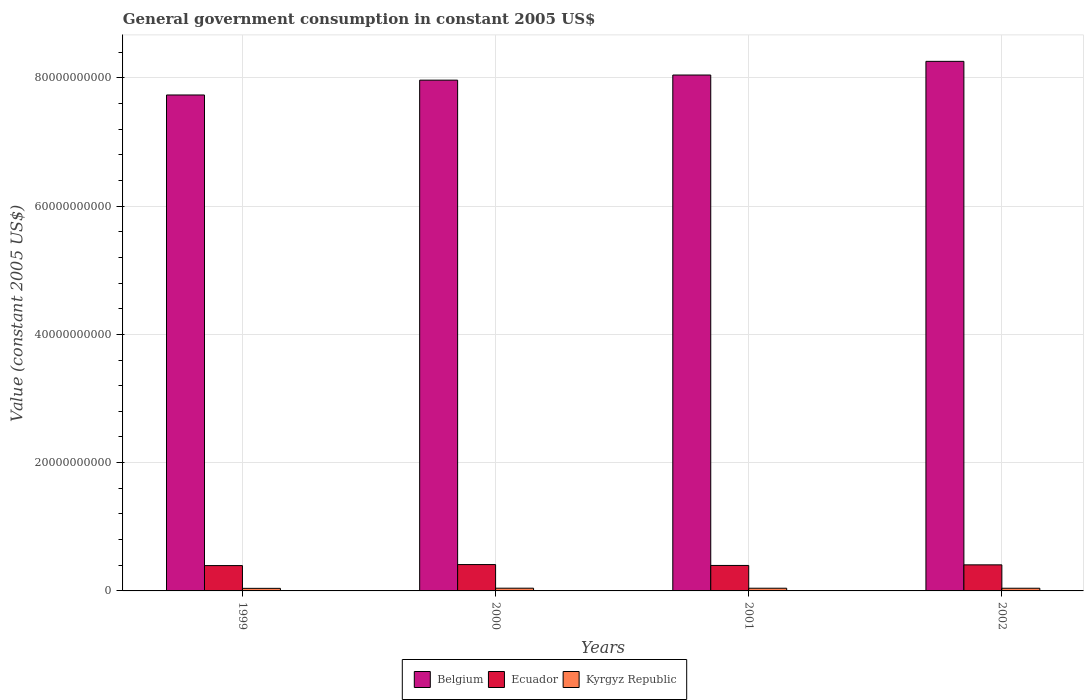
| Years | Belgium | Ecuador | Kyrgyz Republic |
 | --- | --- | --- | --- |
 | 1999 | 7.73e+10 | 3.95e+09 | 4.01e+08 |
 | 2000 | 7.96e+10 | 4.11e+09 | 4.25e+08 |
 | 2001 | 8.04e+10 | 3.97e+09 | 4.19e+08 |
 | 2002 | 8.26e+10 | 4.07e+09 | 4.18e+08 |